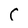
Character: C